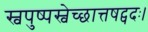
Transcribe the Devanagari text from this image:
स्वपुष्पस्वेच्छात्तषट्पदः।